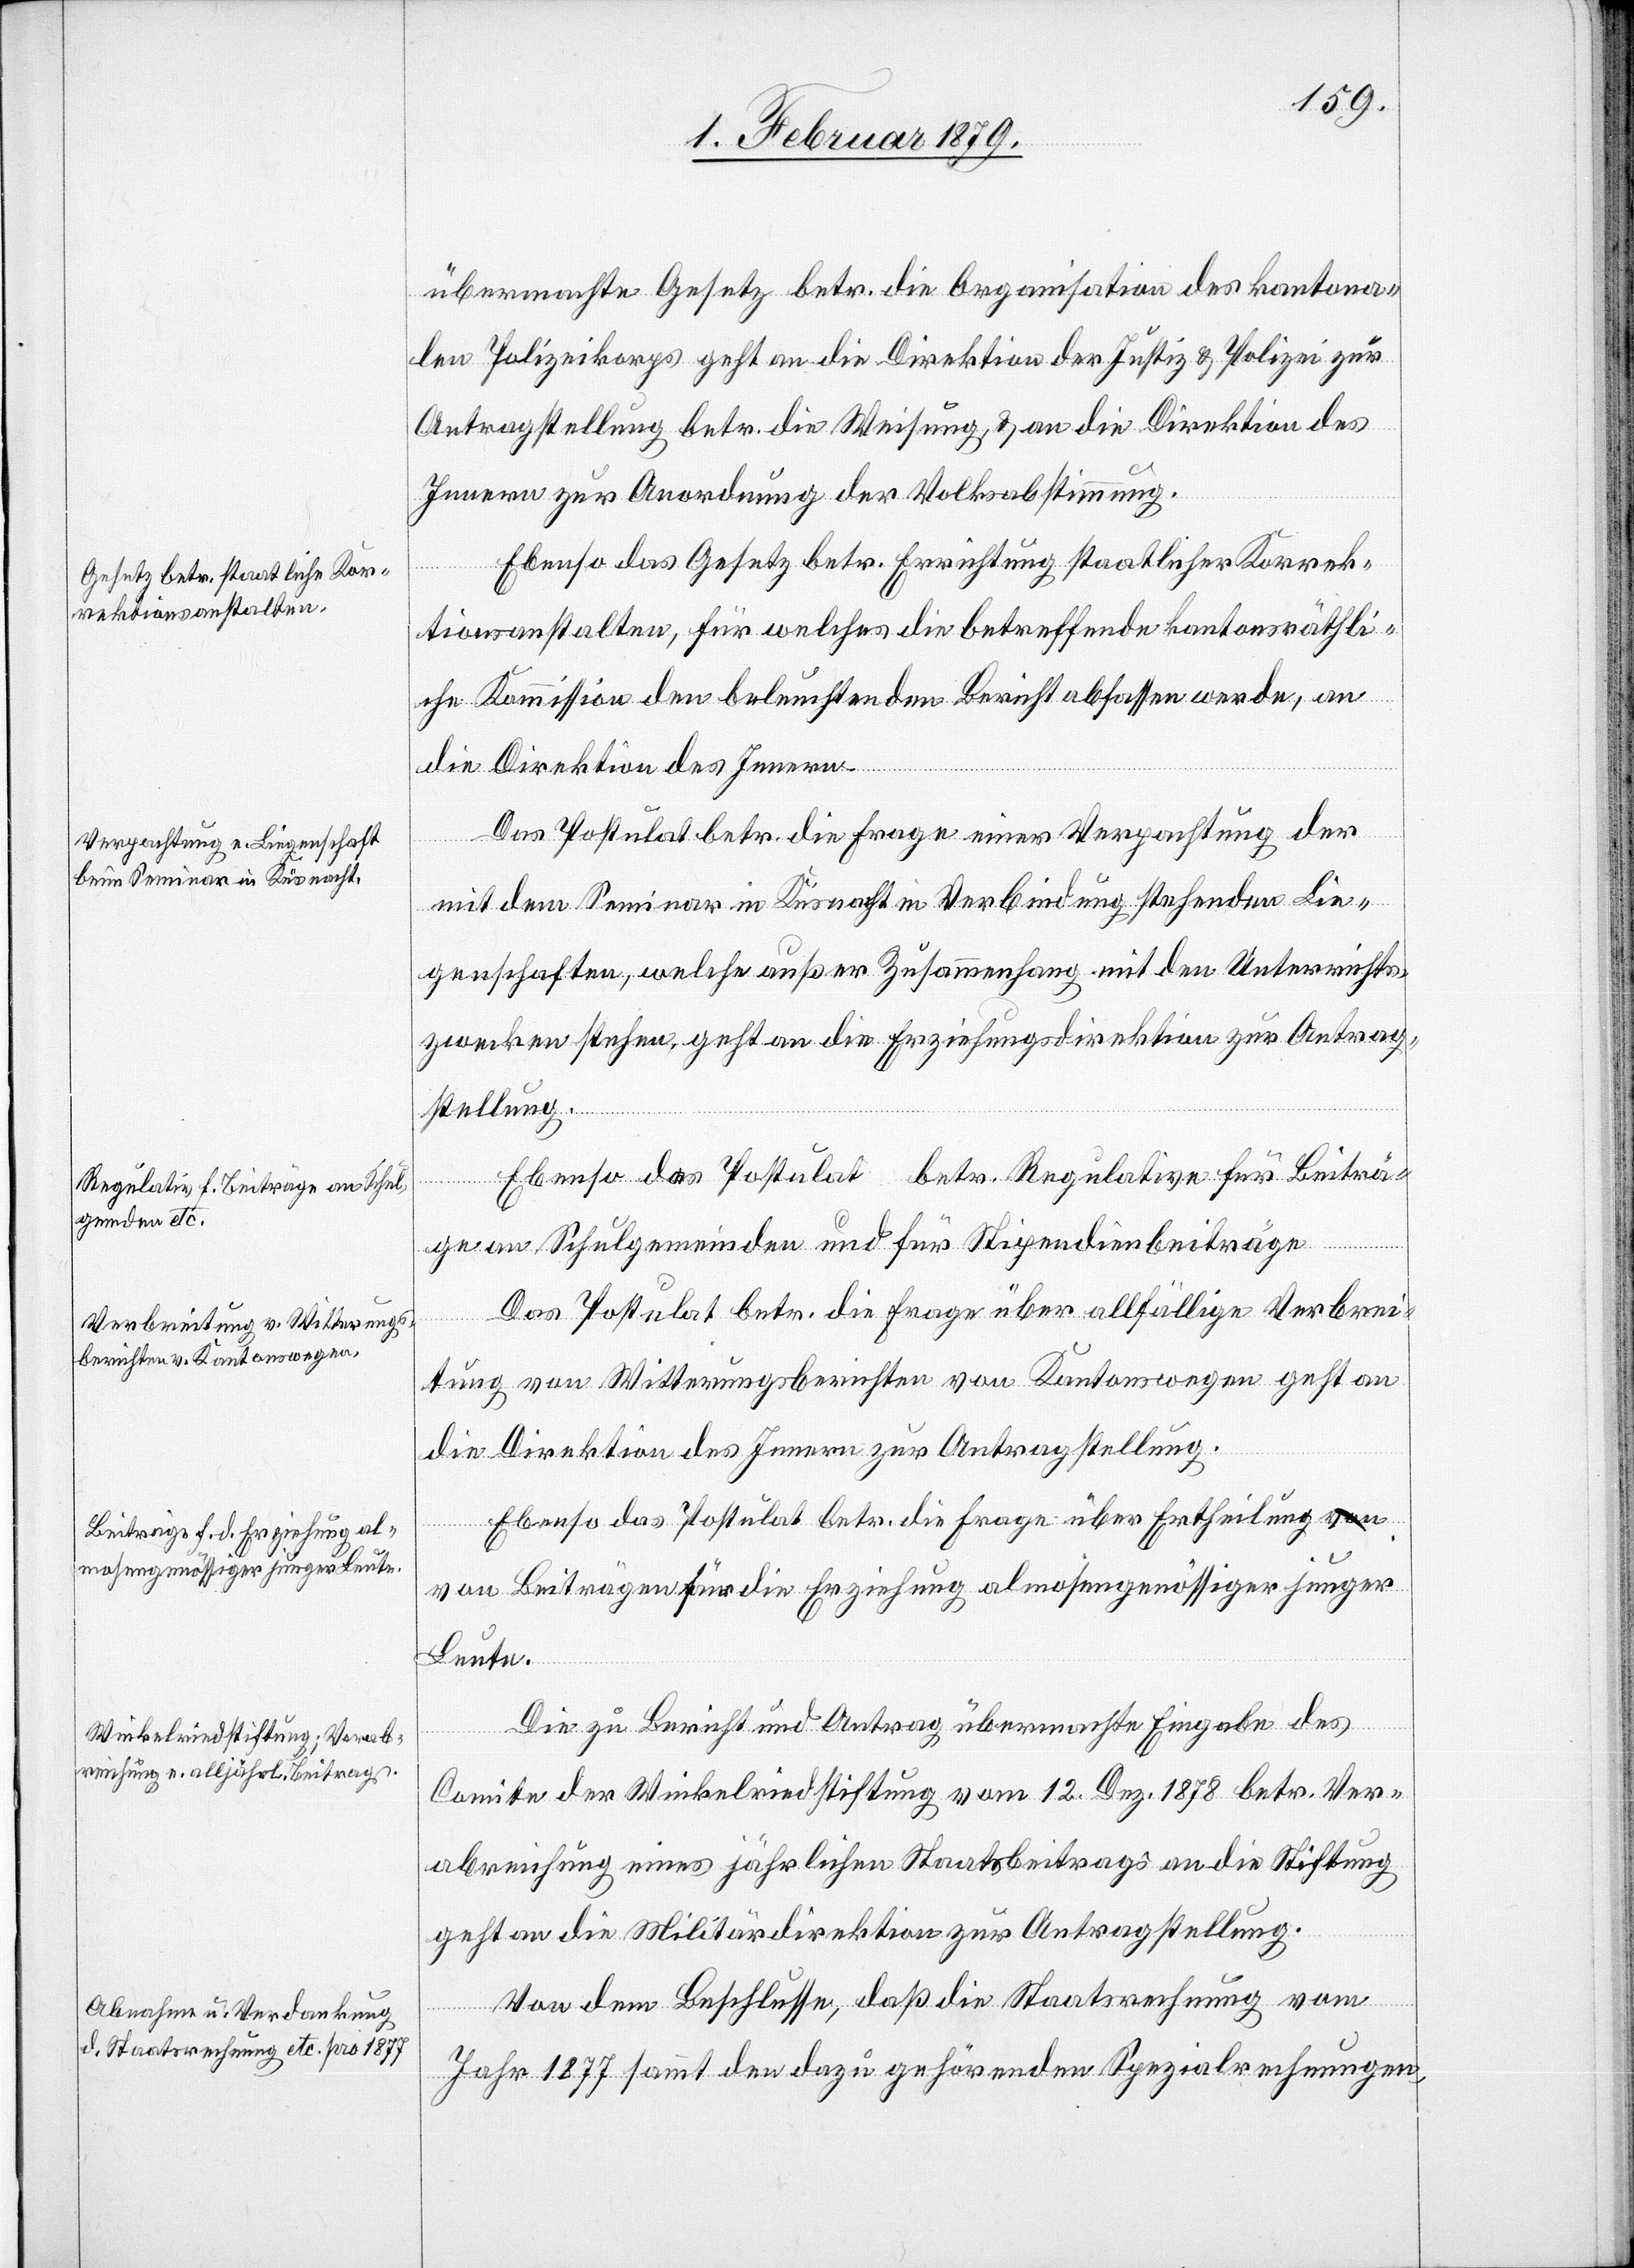
übermachte Gesetz betr. die Organisation des kantona¬
len Polizeikorps geht an die Direktion der Justiz & Polizei zur
Antragstellung betr. die Weisung, & an die Direktion des
Innern zur Anordnung der Volksabstimmung.
Ebenso das Gesetz betr. Errichtung staatlicher Korrek¬
tionsanstalten, für welches die betreffende kantonsräthli¬
che Kommission den beleuchtenden Bericht abfassen werde, an
die Direktion des Innern.
Das Postulat betr. die Frage einer Verpachtung der
mit dem Seminar in Küsnacht in Verbindung stehenden Lie¬
genschaften, welche außer Zusammenhang mit den Unterrichts¬
zwecken stehen, geht an die Erziehungsdirektion zur Antrag¬
stellung.
Das Postulat betr. die Frage über allfällige Verbrei¬
tung von Witterungsberichten von Kantonswegen geht an
die Direktion des Innern zur Antragstellung.
Ebenso das Postulat betr. die Frage über Ertheilung v¬
on Beiträgen für die Erziehung almosengenössiger junger
Leute.
Die zu Bericht und Antrag übermachte Eingabe des
Comite der Winkelriedstiftung vom 12. Dez. 1878 betr. Ver¬
abreichung eines jährlichen Staatsbeitrages an die Stiftung
geht an die Militärdirektion zur Antragstellung.
Von dem Beschlusse, daß die Staatsrechnung vom
Jahr 1877 sammt den dazu gehörenden Spezialrechnungen,